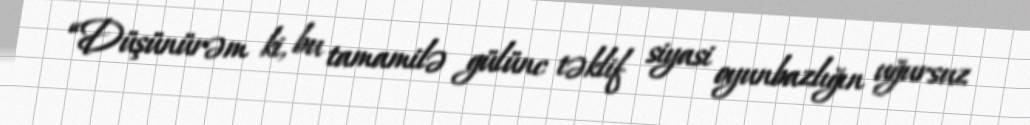
“Düşünürəm ki, bu tamamilə gülünc təklif siyasi oyunbazlığın uğursuz